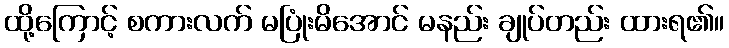
ထို့ကြောင့် စကားလက် မပြုံးမိအောင် မနည်း ချုပ်တည်း ထားရ၏။